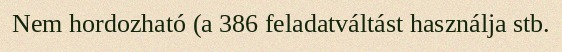
Nem hordozható (a 386 feladatváltást használja stb.